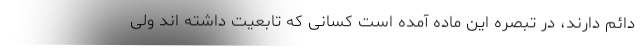
دائم دارند، در تبصره این ماده آمده است کسانی که تابعیت داشته اند ولی